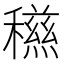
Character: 𥣏